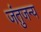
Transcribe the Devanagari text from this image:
जंतुजन्य